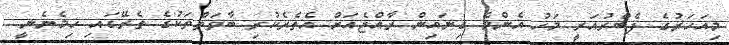
މިއަހަރުގެ ފެބްރުއަރީ މަހު އެންމެ ގިނައިން ރާއްޖެއަށް އެތެރެކުރި ބާވަތްތަކުގެ ތެރޭގައި ހިމެނެނީ